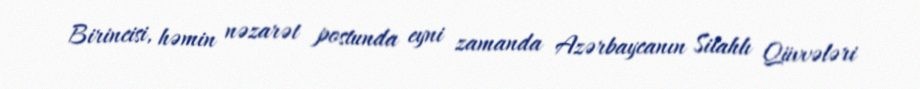
Birincisi, həmin nəzarət postunda eyni zamanda Azərbaycanın Silahlı Qüvvələri